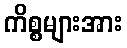
ကိစ္စများအား